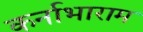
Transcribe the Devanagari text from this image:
कर्नाभाराम